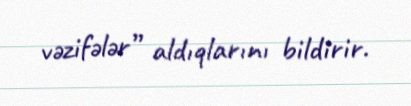
vəzifələr” aldıqlarını bildirir.